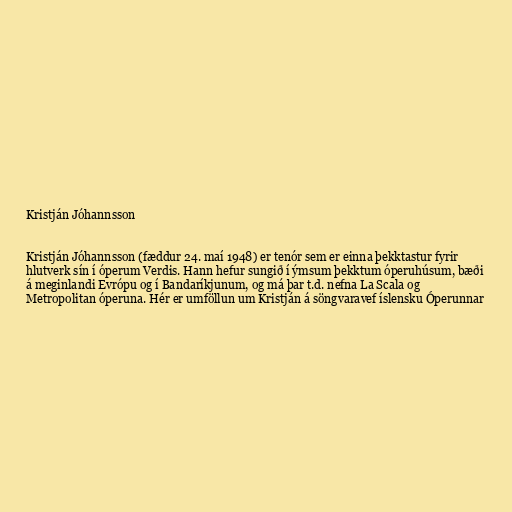
Kristján Jóhannsson

Kristján Jóhannsson (fæddur 24. maí 1948) er tenór sem er einna þekktastur fyrir
hlutverk sín í óperum Verdis. Hann hefur sungið í ýmsum þekktum óperuhúsum, bæði
á meginlandi Evrópu og í Bandaríkjunum, og má þar t.d. nefna La Scala og
Metropolitan óperuna. Hér er umföllun um Kristján á söngvaravef íslensku Óperunnar